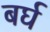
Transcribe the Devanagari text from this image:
बर्घ